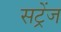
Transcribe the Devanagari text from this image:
सट्रेंज